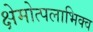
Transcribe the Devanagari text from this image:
क्षेमोत्पलाभिक्व